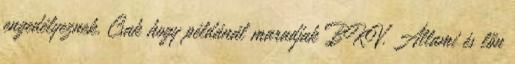
engedélyeznek. Csak hogy példánál maradjak BKV. Állami és lőn